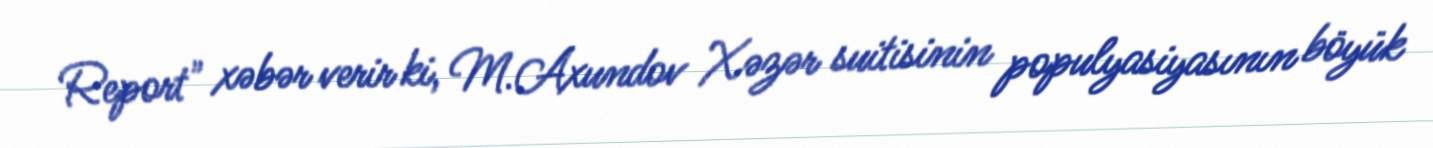
Report" xəbər verir ki, M.Axundov Xəzər suitisinin populyasiyasının böyük